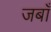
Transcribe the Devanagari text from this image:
जबाँ